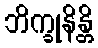
ဘိက္ခုနိန္တိ